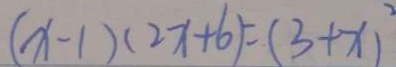
( x - 1 ) ( 2 x + 6 ) = ( 3 + x ) ^ { 2 }